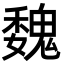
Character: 魏